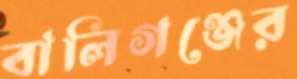
বালিগঞ্জের